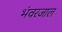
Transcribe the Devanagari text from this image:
भंवरजाल